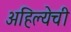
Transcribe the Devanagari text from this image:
अहिल्येची